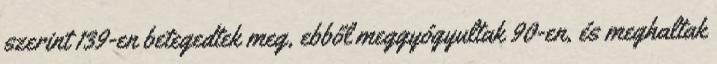
szerint 139-en betegedtek meg, ebből meggyógyultak 90-en, és meghaltak